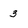
Character: 3